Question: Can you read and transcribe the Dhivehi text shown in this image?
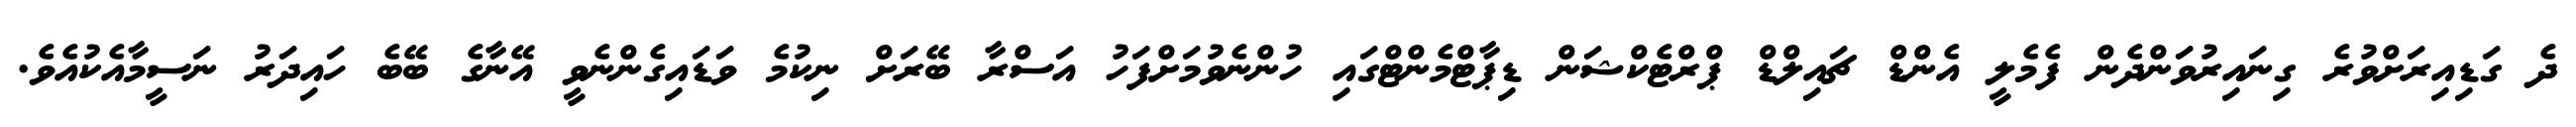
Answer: ދެ ގަޑިއިރަށްވުރެ ގިނައިރުވަންދެން ފެމެލީ އެންޑް ޗައިލްޑް ޕްރްޓެކްޝަން ޑިޕާޓްމެންޓްގައި ހުންނެވުމަށްފަހު އަސްރާ ބޭރަށް ނިކުމެ ވަޑައިގެންނެވީ އޭނާގެ ބޭބެ ހައިދަރު ނަސީމާއެކުއެވެ.